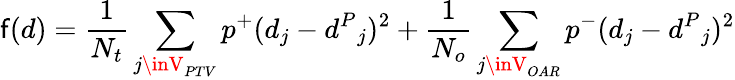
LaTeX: \mathsf{f}(d)=\frac{{1}}{{N_{t}}}\sum_{j\inV_{PTV}}p^{+}(d_{j}-{d^{P}}_{j})^{2}+\frac{{1}}{{N_{o}}}\sum_{j\inV_{OAR}}p^{-}(d_{j}-{d^{P}}_{j})^{2}